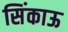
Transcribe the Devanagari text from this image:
सिंकाऊ